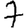
Digit: 7